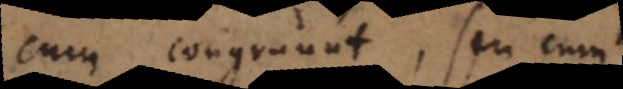
cum congruunt, seu cum